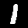
Digit: 1